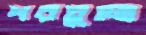
পরচুুলো